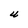
Character: U